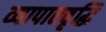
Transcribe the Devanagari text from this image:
व्यापारवृद्धि